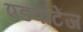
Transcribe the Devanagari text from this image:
एडवांटेंज